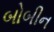
બોબીન